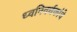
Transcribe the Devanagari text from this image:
ध्वनिवर्धकांचे